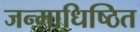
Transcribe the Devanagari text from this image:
जन्माधिष्ठित